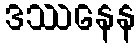
ဒဿနေန